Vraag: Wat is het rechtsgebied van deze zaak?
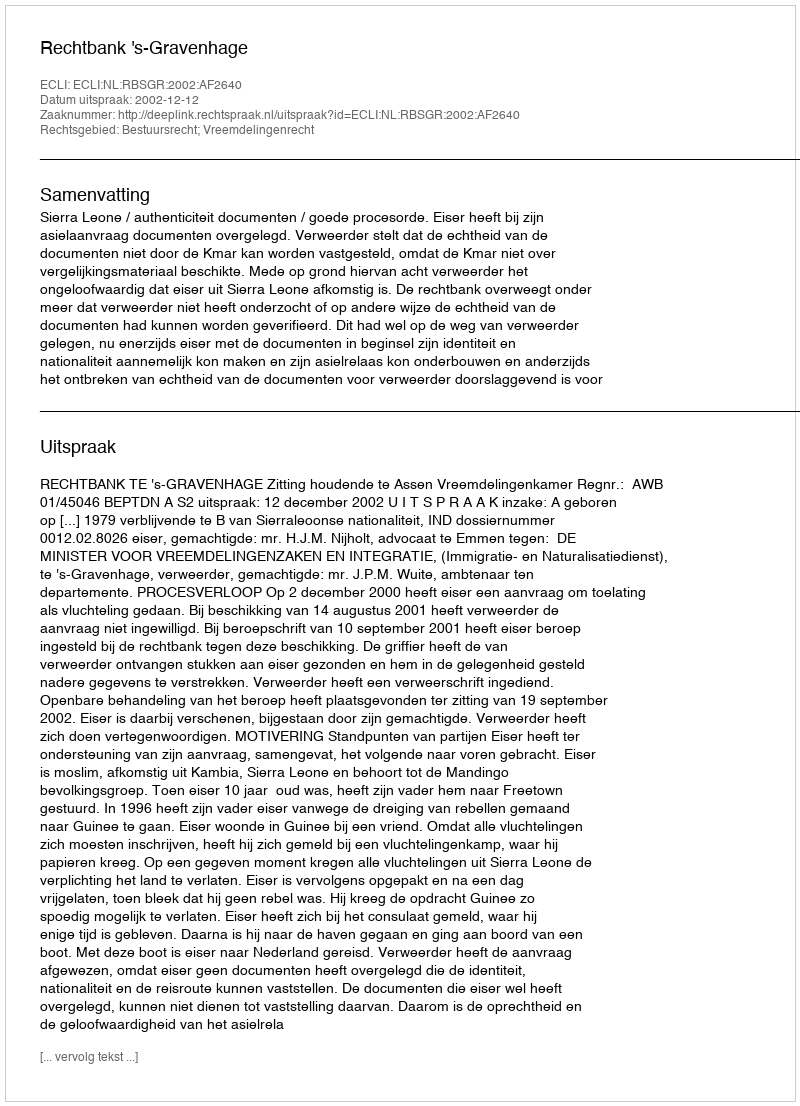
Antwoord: Bestuursrecht; Vreemdelingenrecht